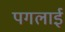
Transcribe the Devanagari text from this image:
पगलाई